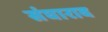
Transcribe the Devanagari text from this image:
संघाराव